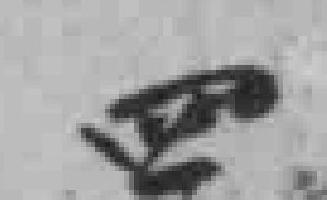
四